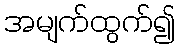
အမျက်ထွက်၍